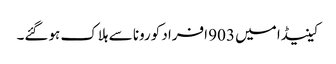
کینیڈا میں 903 افراد کورونا سے ہلاک ہوگئے۔